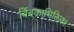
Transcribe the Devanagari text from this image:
बिंबकाभिक्तिका